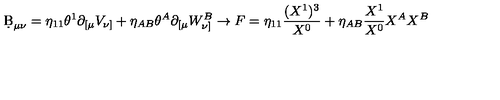
\d B _ { \mu \nu } = \eta _ { 1 1 } \theta ^ { 1 } \partial _ { [ \mu } V _ { \nu ] } + \eta _ { A B } \theta ^ { A } \partial _ { [ \mu } W _ { \nu ] } ^ { B } \rightarrow F = \eta _ { 1 1 } \frac { ( X ^ { 1 } ) ^ { 3 } } { X ^ { 0 } } + \eta _ { A B } \frac { X ^ { 1 } } { X ^ { 0 } } X ^ { A } X ^ { B }